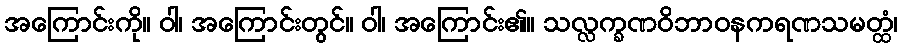
အကြောင်းကို။ ဝါ၊ အကြောင်းတွင်။ ဝါ၊ အကြောင်း၏။ သလ္လက္ခဏဝိဘာဝနကရဏသမတ္ထံ၊